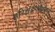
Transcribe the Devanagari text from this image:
हरिश्चंद्रगडाकडे